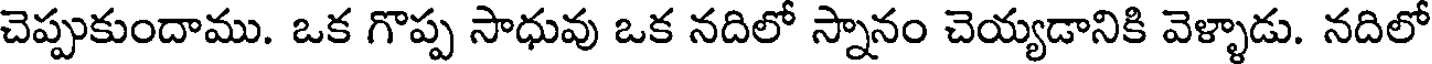
చెప్పుకుందాము. ఒక గొప్ప సాధువు ఒక నదిలో స్నానం చెయ్యడానికి వెళ్ళాడు. నదిలో